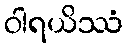
ဝါရယိဿံ